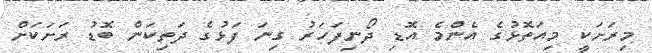
މިރަށަކީ މިއަތޮޅުގެ އެންމެ އޮޑި ދޯނިފަހަރު ގިނަ ފަޅުގެ ދަތިކަން ބޮޑު ރަށަކަށް